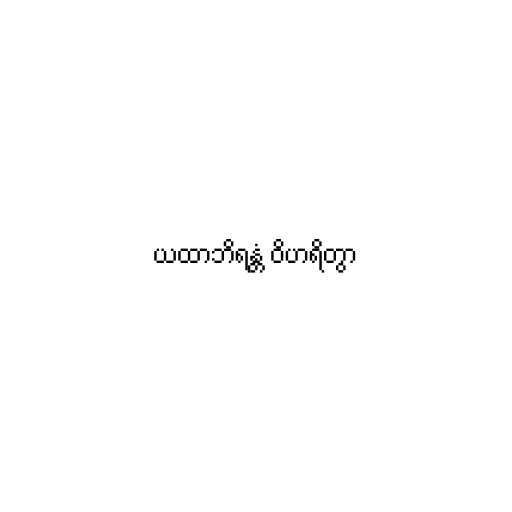
ယထာဘိရန္တံ ဝိဟရိတွာ